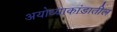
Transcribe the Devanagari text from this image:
अयोध्याकांडातील